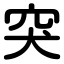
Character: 突